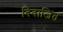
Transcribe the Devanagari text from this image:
बिवाजित